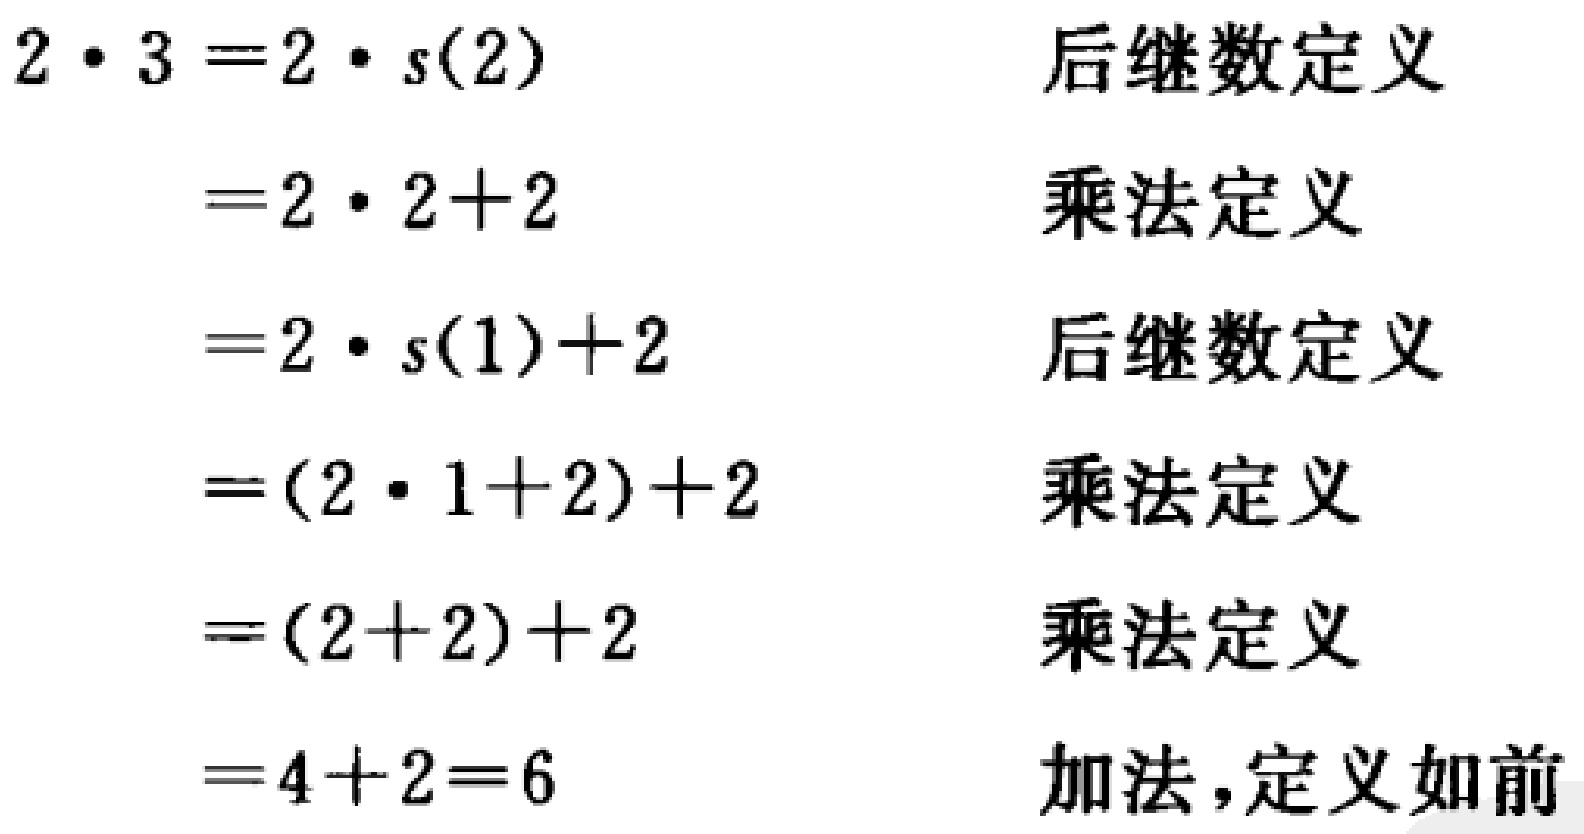
\begin{align*}
2\cdot3 &= 2\cdot s(2) & \text{后继数定义}\\
&= 2\cdot 2 + 2 & \text{乘法定义}\\
&= 2\cdot s(1)+2 & \text{后继数定义}\\
&= (2\cdot 1 + 2)+2 & \text{乘法定义}\\
&= (2 + 2)+2 & \text{乘法定义}\\
&= 4+2 = 6 & \text{加法，定义如前}
\end{align*}